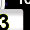
Digit: 3